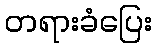
တရားခံပြေး